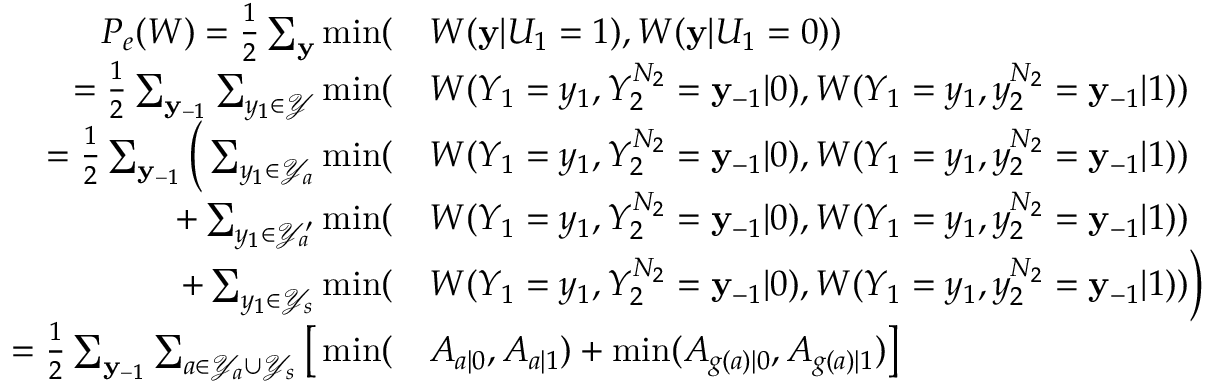
\begin{array} { r l } { P _ { e } ( W ) = \frac { 1 } { 2 } \sum _ { \mathbf { y } } \operatorname* { m i n } ( } & { W ( \mathbf { y } | U _ { 1 } = 1 ) , W ( \mathbf { y } | U _ { 1 } = 0 ) ) } \\ { = \frac { 1 } { 2 } \sum _ { \mathbf { y } _ { - 1 } } \sum _ { y _ { 1 } \in \mathcal { Y } } \operatorname* { m i n } ( } & { W ( Y _ { 1 } = y _ { 1 } , Y _ { 2 } ^ { N _ { 2 } } = \mathbf { y } _ { - 1 } | 0 ) , W ( Y _ { 1 } = y _ { 1 } , y _ { 2 } ^ { N _ { 2 } } = \mathbf { y } _ { - 1 } | 1 ) ) } \\ { = \frac { 1 } { 2 } \sum _ { \mathbf { y } _ { - 1 } } \Big ( \sum _ { y _ { 1 } \in \mathcal { Y } _ { a } } \operatorname* { m i n } ( } & { W ( Y _ { 1 } = y _ { 1 } , Y _ { 2 } ^ { N _ { 2 } } = \mathbf { y } _ { - 1 } | 0 ) , W ( Y _ { 1 } = y _ { 1 } , y _ { 2 } ^ { N _ { 2 } } = \mathbf { y } _ { - 1 } | 1 ) ) } \\ { + \sum _ { y _ { 1 } \in \mathcal { Y } _ { a } ^ { \prime } } \operatorname* { m i n } ( } & { W ( Y _ { 1 } = y _ { 1 } , Y _ { 2 } ^ { N _ { 2 } } = \mathbf { y } _ { - 1 } | 0 ) , W ( Y _ { 1 } = y _ { 1 } , y _ { 2 } ^ { N _ { 2 } } = \mathbf { y } _ { - 1 } | 1 ) ) } \\ { + \sum _ { y _ { 1 } \in \mathcal { Y } _ { s } } \operatorname* { m i n } ( } & { W ( Y _ { 1 } = y _ { 1 } , Y _ { 2 } ^ { N _ { 2 } } = \mathbf { y } _ { - 1 } | 0 ) , W ( Y _ { 1 } = y _ { 1 } , y _ { 2 } ^ { N _ { 2 } } = \mathbf { y } _ { - 1 } | 1 ) ) \Big ) } \\ { = \frac { 1 } { 2 } \sum _ { \mathbf { y } _ { - 1 } } \sum _ { a \in \mathcal { Y } _ { a } \cup \mathcal { Y } _ { s } } \big [ \operatorname* { m i n } ( } & { A _ { a \vert 0 } , A _ { a \vert 1 } ) + \operatorname* { m i n } ( A _ { g ( a ) \vert 0 } , A _ { g ( a ) \vert 1 } ) \big ] } \end{array}